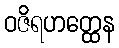
ဝဇိရဟတ္ထေန